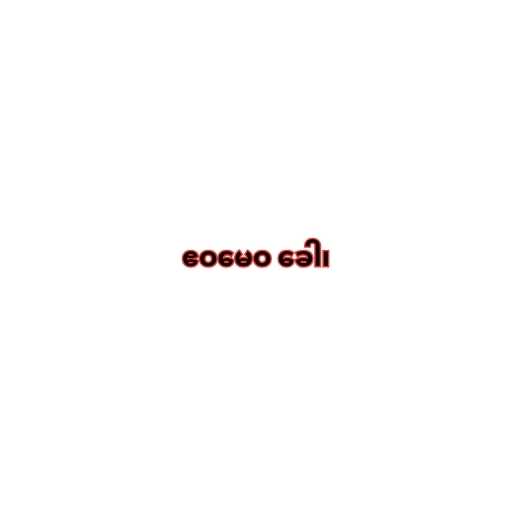
ဧဝမေဝ ခေါ၊